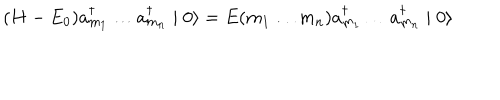
LaTeX: ( H - E _ { 0 } ) a _ { m _ { 1 } } ^ { \dagger } \ldots a _ { m _ { n } } ^ { \dagger } \mid 0 \rangle = E ( m _ { 1 } \ldots m _ { n } ) a _ { m _ { 1 } } ^ { \dagger } \ldots a _ { m _ { n } } ^ { \dagger } \mid 0 \rangle